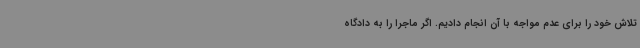
تلاش خود را برای عدم مواجه با آن انجام دادیم. اگر ماجرا را به دادگاه